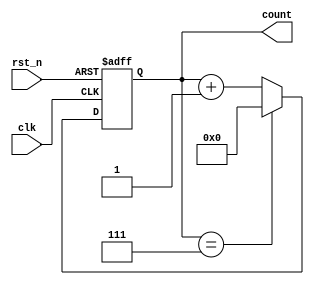
module mod_n_counter #(parameter N = 8) (
    input wire clk,         // Clock input
    input wire rst_n,      // Asynchronous active-low reset
    output reg [3:0] count // 4-bit output to count from 0 to N-1
);

// Calculate the required number of bits for the counter
localparam BIT_WIDTH = $clog2(N);

// Asynchronous counter logic
always @(posedge clk or negedge rst_n) begin
    if (!rst_n) begin
        count <= 0; // Reset counter to 0
    end else begin
        if (count == (N-1)) begin
            count <= 0; // Reset to 0 after reaching N-1
        end else begin
            count <= count + 1; // Increment counter
        end
    end
end

endmodule